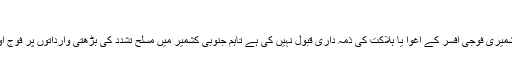
'
ابھی تک کسی بھی مسلح گروپ نے کشمیری فوجی افسر کے اغوا یا ہلاکت کی ذمہ داری قبول نہیں کی ہے تاہم جنوبی کشمیر میں مسلح تشدد کی بڑھتی وارداتوں پر فوج اور پولیس نے تشویش کا اظہار کیا ہے۔